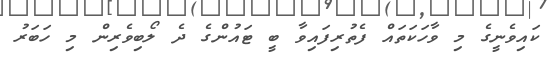
ކައިވެނީގެ މި ވާހަކަތައް ފެތުރިފައިވާ ބީ ޓައުންގެ ދެ ލޯބިވެރިން މި ހަބަރު